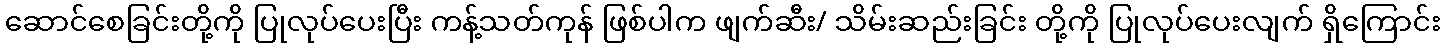
ဆောင်စေခြင်းတို့ကို ပြုလုပ်ပေးပြီး ကန့်သတ်ကုန် ဖြစ်ပါက ဖျက်ဆီး/ သိမ်းဆည်းခြင်း တို့ကို ပြုလုပ်ပေးလျက် ရှိကြောင်း